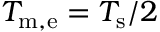
T _ { \mathrm { m , e } } = T _ { \mathrm { s } } / 2